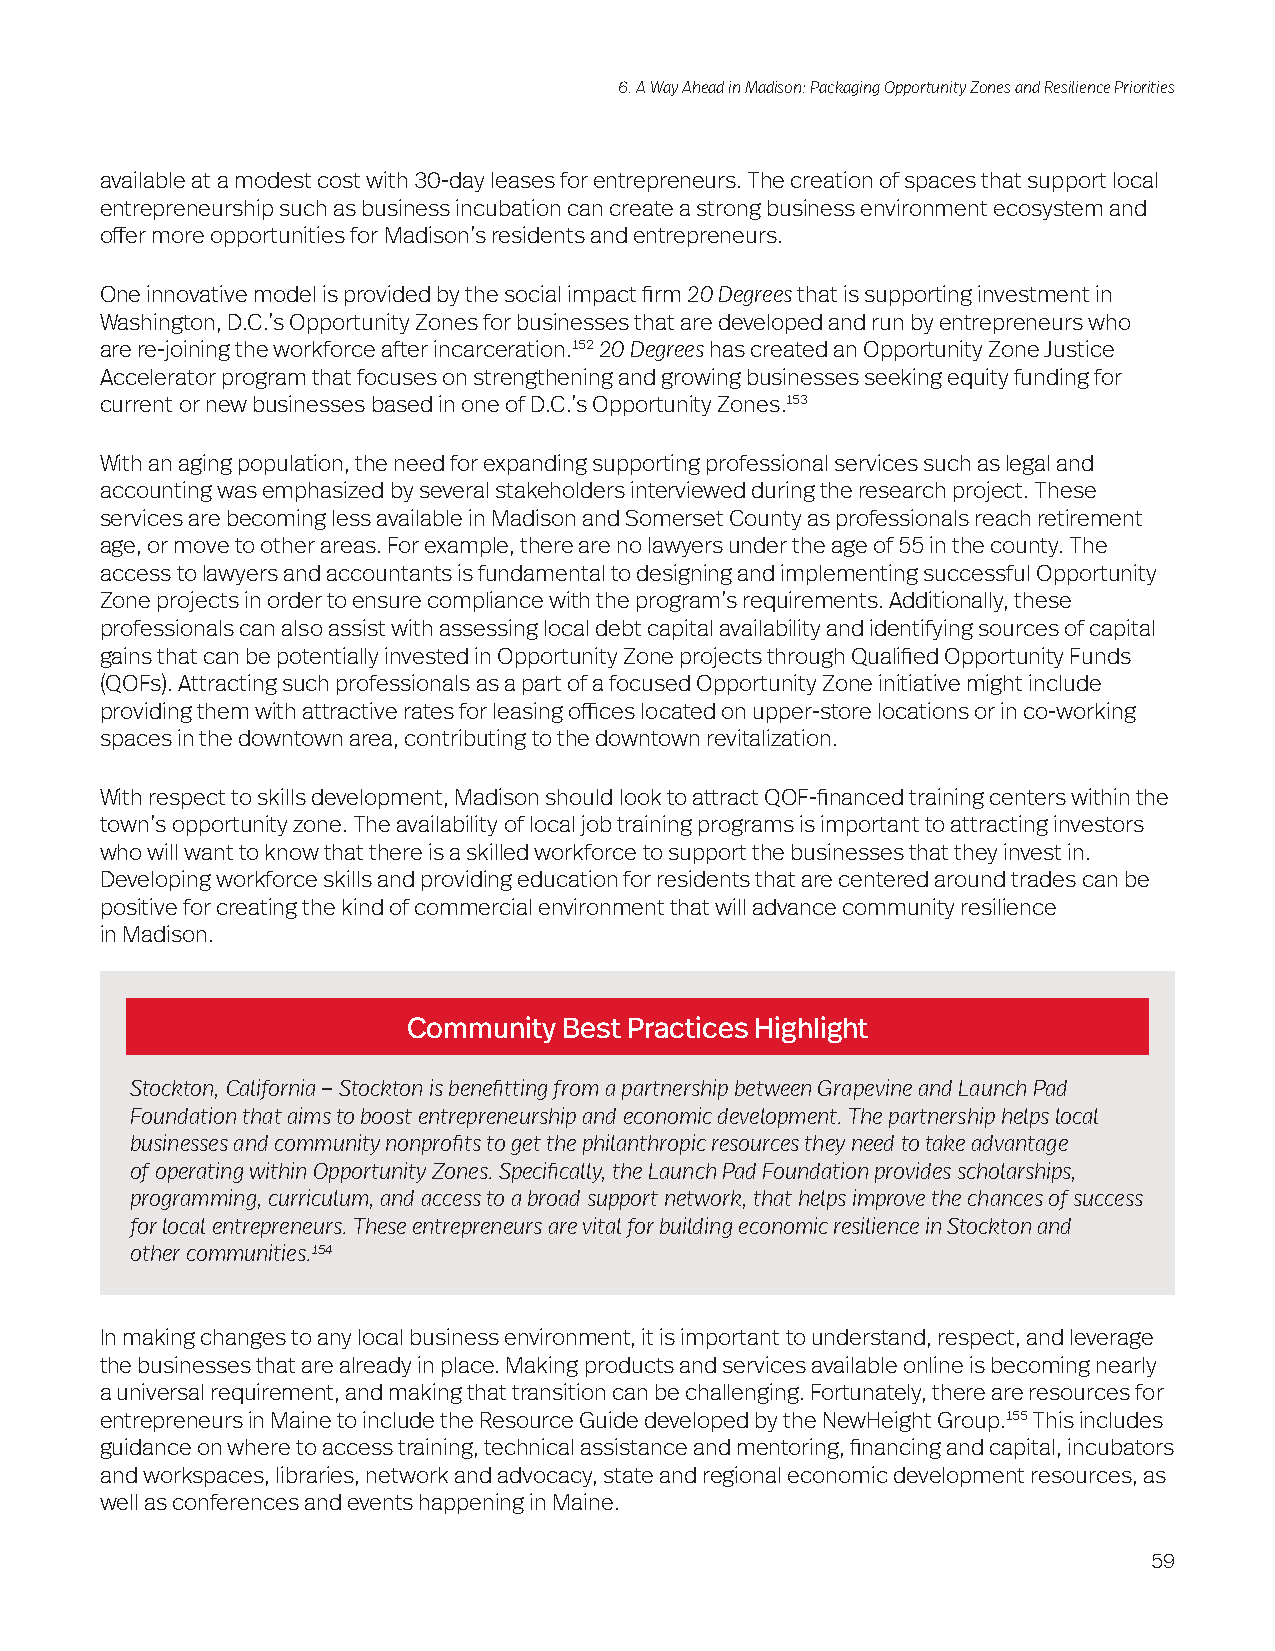
6. A Way Ahead in Madison: Packaging Opportunity Zones and Resilience Priorities
 available at a modest cost with 30-day leases for entrepreneurs. The creation of spaces that support local
 entrepreneurship such as business incubation can create a strong business environment ecosystem and
 offer more opportunities for Madison’s residents and entrepreneurs.
 One innovative model is provided by the social impact firm 20 Degrees that is supporting investment in
 Washington, D.C.’s Opportunity Zones for businesses that are developed and run by entrepreneurs who
 are re-joining the workforce after incarceration.152 20 Degrees has created an Opportunity Zone Justice
 Accelerator program that focuses on strengthening and growing businesses seeking equity funding for
 current or new businesses based in one of D.C.’s Opportunity Zones.153
 With an aging population, the need for expanding supporting professional services such as legal and
 accounting was emphasized by several stakeholders interviewed during the research project. These
 services are becoming less available in Madison and Somerset County as professionals reach retirement
 age, or move to other areas. For example, there are no lawyers under the age of 55 in the county. The
 access to lawyers and accountants is fundamental to designing and implementing successful Opportunity
 Zone projects in order to ensure compliance with the program’s requirements. Additionally, these
 professionals can also assist with assessing local debt capital availability and identifying sources of capital
 gains that can be potentially invested in Opportunity Zone projects through Qualified Opportunity Funds
 (QOFs). Attracting such professionals as a part of a focused Opportunity Zone initiative might include
 providing them with attractive rates for leasing offices located on upper-store locations or in co-working
 spaces in the downtown area, contributing to the downtown revitalization.
 With respect to skills development, Madison should look to attract QOF-financed training centers within the
 town’s opportunity zone. The availability of local job training programs is important to attracting investors
 who will want to know that there is a skilled workforce to support the businesses that they invest in.
 Developing workforce skills and providing education for residents that are centered around trades can be
 positive for creating the kind of commercial environment that will advance community resilience
 in Madison.
 Community Best Practices Highlight
 Stockton, California – Stockton is benefitting from a partnership between Grapevine and Launch Pad
 Foundation that aims to boost entrepreneurship and economic development. The partnership helps local
 businesses and community nonprofits to get the philanthropic resources they need to take advantage
 of operating within Opportunity Zones. Specifically, the Launch Pad Foundation provides scholarships,
 programming, curriculum, and access to a broad support network, that helps improve the chances of success
 for local entrepreneurs. These entrepreneurs are vital for building economic resilience in Stockton and
 other communities.154
 In making changes to any local business environment, it is important to understand, respect, and leverage
 the businesses that are already in place. Making products and services available online is becoming nearly
 a universal requirement, and making that transition can be challenging. Fortunately, there are resources for
 entrepreneurs in Maine to include the Resource Guide developed by the NewHeight Group.155 This includes
 guidance on where to access training, technical assistance and mentoring, financing and capital, incubators
 and workspaces, libraries, network and advocacy, state and regional economic development resources, as
 well as conferences and events happening in Maine.
 59